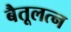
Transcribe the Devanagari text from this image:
बैतूलत्न